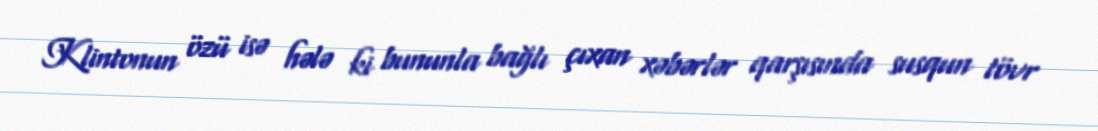
Klintonun özü isə hələ ki bununla bağlı çıxan xəbərlər qarşısında susqun tövr